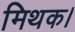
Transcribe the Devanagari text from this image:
मिथक।